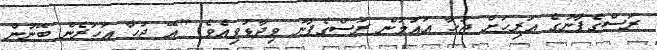
ރަސްގެފާނުގެ އަރިހަށް ޖުހާ އައުމުން ރަސްގެފާނު ވިދާޅުވިއެވެ. "އޭ ޖުހާ އަހަރެން ބޭނުން